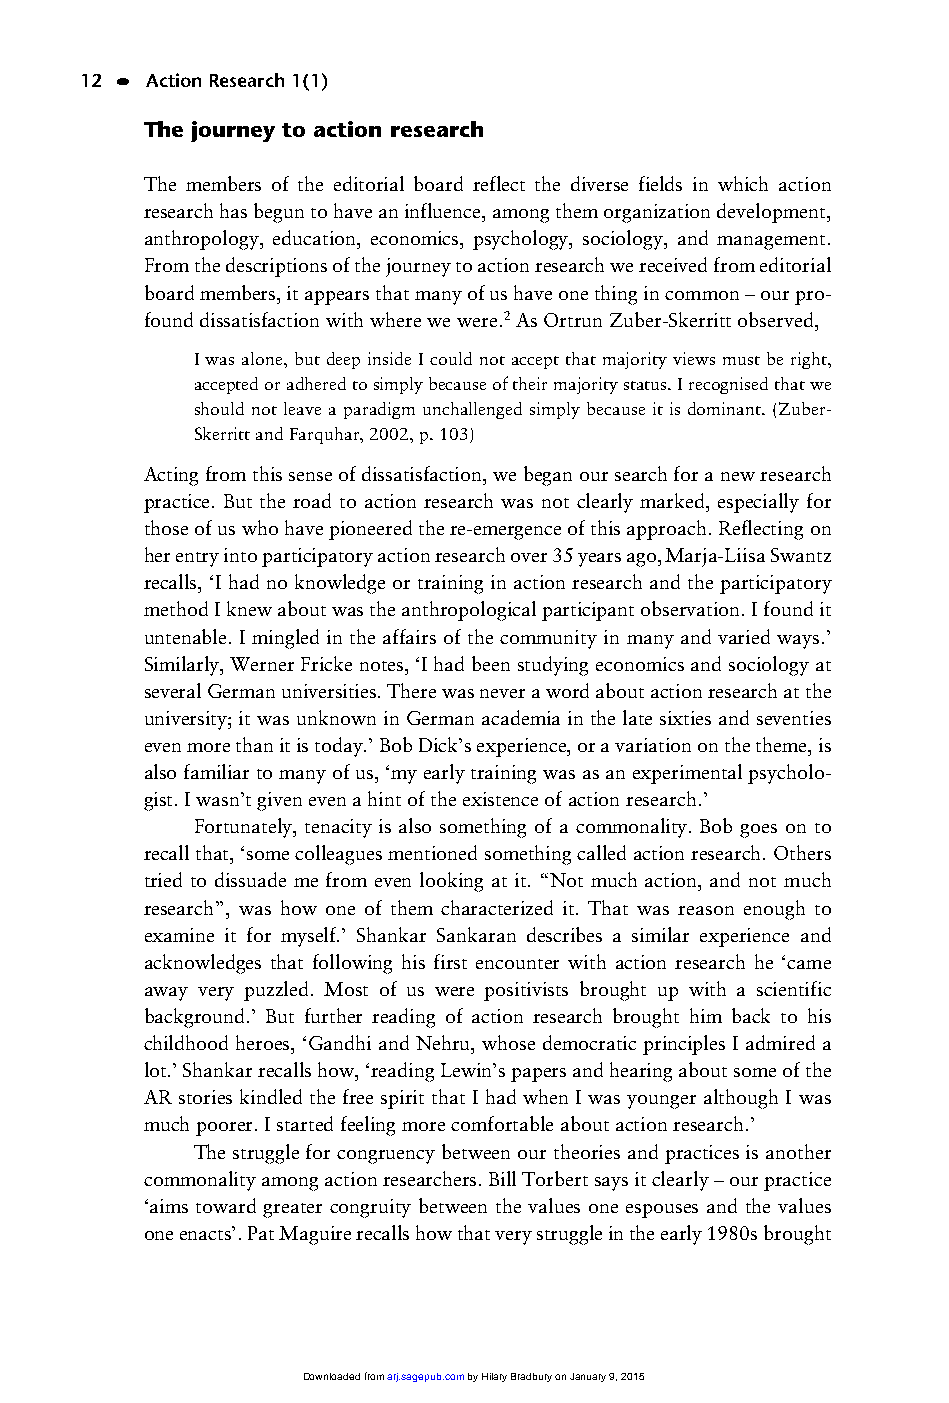
01_ARJ 1/1 16/6/03 9:37 am Page 12
 12 • Action Research 1(1)
 The journey to action research
 The members of the editorial board reflect the diverse fields in which action
 research has begun to have an influence, among them organization development,
 anthropology, education, economics, psychology, sociology, and management.
 From the descriptions of the journey to action research we received from editorial
 board members, it appears that many of us have one thing in common – our pro-
 found dissatisfaction with where we were.2As Ortrun Zuber-Skerritt observed,
 I was alone, but deep inside I could not accept that majority views must be right,
 accepted or adhered to simply because of their majority status. I recognised that we
 should not leave a paradigm unchallenged simply because it is dominant. (Zuber-
 Skerritt and Farquhar, 2002, p. 103)
 Acting from this sense of dissatisfaction, we began our search for a new research
 practice. But the road to action research was not clearly marked, especially for
 those of us who have pioneered the re-emergence of this approach. Reflecting on
 her entry into participatory action research over 35 years ago,Marja-Liisa Swantz
 recalls, ‘I had no knowledge or training in action research and the participatory
 method I knew about was the anthropological participant observation. I found it
 untenable. I mingled in the affairs of the community in many and varied ways.’
 Similarly, Werner Fricke notes, ‘I had been studying economics and sociology at
 several German universities. There was never a word about action research at the
 university; it was unknown in German academia in the late sixties and seventies
 even more than it is today.’ Bob Dick’s experience, or a variation on the theme, is
 also familiar to many of us, ‘my early training was as an experimental psycholo-
 gist. I wasn’t given even a hint of the existence of action research.’
 Fortunately, tenacity is also something of a commonality. Bob goes on to
 recall that, ‘some colleagues mentioned something called action research. Others
 tried to dissuade me from even looking at it. “Not much action, and not much
 research”, was how one of them characterized it. That was reason enough to
 examine it for myself.’ Shankar Sankaran describes a similar experience and
 acknowledges that following his first encounter with action research he ‘came
 away very puzzled. Most of us were positivists brought up with a scientific
 background.’ But further reading of action research brought him back to his
 childhood heroes, ‘Gandhi and Nehru, whose democratic principles I admired a
 lot.’ Shankar recalls how, ‘reading Lewin’s papers and hearing about some of the
 AR stories kindled the free spirit that I had when I was younger although I was
 much poorer. I started feeling more comfortable about action research.’
 The struggle for congruency between our theories and practices is another
 commonality among action researchers. Bill Torbert says it clearly – our practice
 ‘aims toward greater congruity between the values one espouses and the values
 one enacts’. Pat Maguire recalls how that very struggle in the early 1980s brought
 Downloaded from arj.sagepub.com by Hilary Bradbury on January 9, 2015